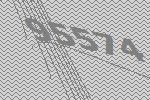
95574